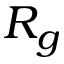
R _ { g }